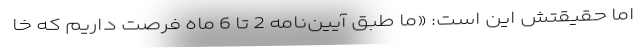
اما حقیقتش این است: «ما طبق آیین‌نامه 2 تا 6 ماه فرصت داریم که خا